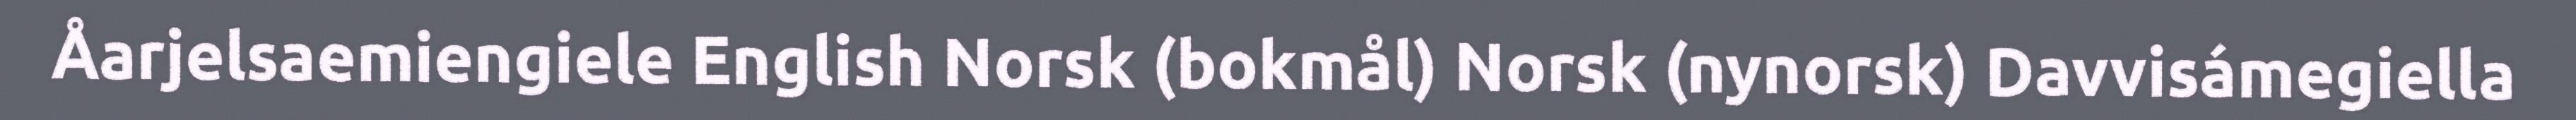
Åarjelsaemiengiele English Norsk (bokmål) Norsk (nynorsk) Davvisámegiella